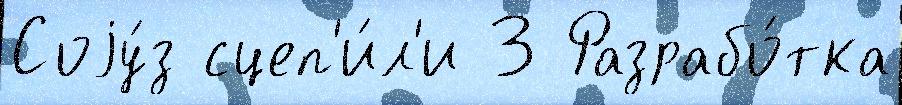
Соjу́з сцеп'и́л'и 3 Разрабо́тка